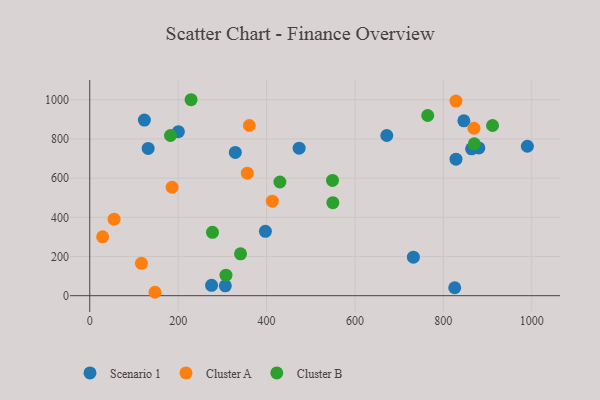
{"axis": {"x": "Study Hours", "y": "Profit"}, "legend": ["Cluster A", "Cluster B", "Scenario 1"], "data": [{"x": "732.2", "y": 196.4, "type": "Scenario 1"}, {"x": "846.4", "y": 892.5, "type": "Scenario 1"}, {"x": "123.6", "y": 896.2, "type": "Scenario 1"}, {"x": "880.3", "y": 754.2, "type": "Scenario 1"}, {"x": "275.6", "y": 52.8, "type": "Scenario 1"}, {"x": "200.5", "y": 837.1, "type": "Scenario 1"}, {"x": "990.1", "y": 762.6, "type": "Scenario 1"}, {"x": "132.1", "y": 751.4, "type": "Scenario 1"}, {"x": "863.9", "y": 749.2, "type": "Scenario 1"}, {"x": "397.4", "y": 328.7, "type": "Scenario 1"}, {"x": "306.7", "y": 50.6, "type": "Scenario 1"}, {"x": "473.7", "y": 752.9, "type": "Scenario 1"}, {"x": "329.3", "y": 730.9, "type": "Scenario 1"}, {"x": "828.6", "y": 696.8, "type": "Scenario 1"}, {"x": "672.0", "y": 817.5, "type": "Scenario 1"}, {"x": "825.7", "y": 40.7, "type": "Scenario 1"}, {"x": "828.5", "y": 992.8, "type": "Cluster A"}, {"x": "186.3", "y": 553.4, "type": "Cluster A"}, {"x": "116.9", "y": 165.0, "type": "Cluster A"}, {"x": "361.0", "y": 868.5, "type": "Cluster A"}, {"x": "29.1", "y": 300.3, "type": "Cluster A"}, {"x": "55.0", "y": 390.5, "type": "Cluster A"}, {"x": "413.1", "y": 482.4, "type": "Cluster A"}, {"x": "356.5", "y": 625.0, "type": "Cluster A"}, {"x": "147.6", "y": 17.5, "type": "Cluster A"}, {"x": "869.2", "y": 854.4, "type": "Cluster A"}, {"x": "870.0", "y": 774.9, "type": "Cluster B"}, {"x": "549.2", "y": 588.2, "type": "Cluster B"}, {"x": "277.6", "y": 323.2, "type": "Cluster B"}, {"x": "430.2", "y": 580.2, "type": "Cluster B"}, {"x": "911.3", "y": 868.3, "type": "Cluster B"}, {"x": "182.6", "y": 817.5, "type": "Cluster B"}, {"x": "550.0", "y": 474.6, "type": "Cluster B"}, {"x": "229.2", "y": 999.9, "type": "Cluster B"}, {"x": "341.1", "y": 213.7, "type": "Cluster B"}, {"x": "764.6", "y": 919.5, "type": "Cluster B"}, {"x": "308.2", "y": 104.7, "type": "Cluster B"}]}